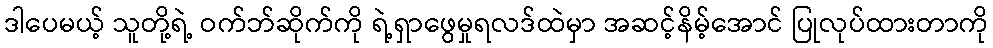
ဒါပေမယ့် သူတို့ရဲ့ ဝက်ဘ်ဆိုက်ကို ရဲ့ရှာဖွေမှုရလဒ်ထဲမှာ အဆင့်နိမ့်အောင် ပြုလုပ်ထားတာကို